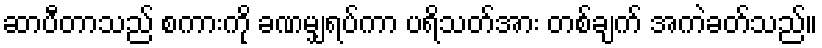
ဆာပီတာသည် စကားကို ခဏမျှရပ်ကာ ပရိသတ်အား တစ်ချက် အကဲခတ်သည်။